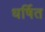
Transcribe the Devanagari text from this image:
धर्षित